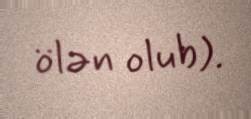
ölən olub).